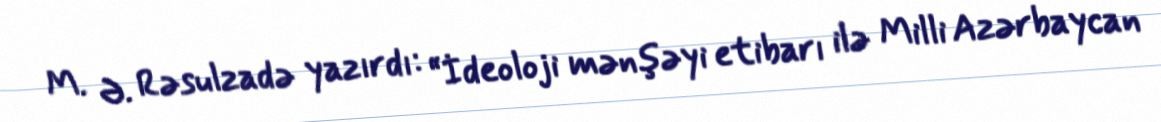
M. Ə. Rəsulzadə yazırdı: “İdeoloji mənşəyi etibarı ilə Milli Azərbaycan